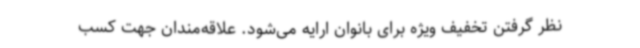
نظر گرفتن تخفیف ویژه برای بانوان ارایه می‌شود. علاقه‌مندان جهت کسب